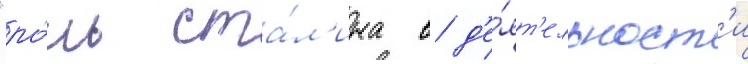
"ро́ль ста́л'ина в д'е́ят'ельност'и